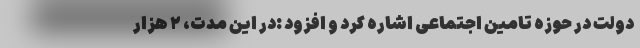
دولت در حوزه تامین اجتماعی اشاره کرد و افزود :در این مدت، ۲ هزار